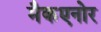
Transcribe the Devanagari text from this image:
मैकएनोर